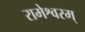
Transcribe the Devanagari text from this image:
रामेश्वरम्‌